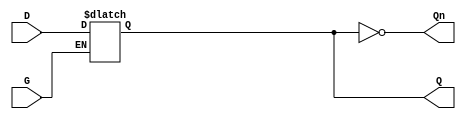
module async_gated_latch (
    input wire D,         // Data input
    input wire G,         // Gate control signal
    output reg Q,         // Output
    output wire Qn        // Complementary output (optional)
);

// Assign the complementary output
assign Qn = ~Q;

// Asynchronous behavior of the gated latch
always @* begin
    if (G) begin
        Q = D; // When G is high, Q follows D
    end
    // When G is low, Q retains its last value (no assignment)
end

endmodule